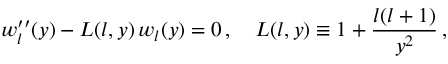
w _ { l } ^ { \prime \prime } ( y ) - L ( l , y ) \, w _ { l } ( y ) = 0 \, , \quad L ( l , y ) \equiv 1 + \frac { l ( l + 1 ) } { y ^ { 2 } } \, ,